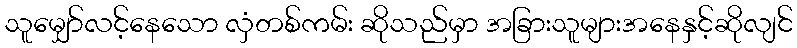
သူမျှော်လင့်နေသော လှံတစ်ကမ်း ဆိုသည်မှာ အခြားသူများအနေနှင့်ဆိုလျင်